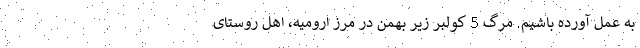
به عمل آورده باشیم. مرگ 5 کولبر زیر بهمن در مرز ارومیه، اهل روستای